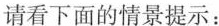
请看下面的情景提示：